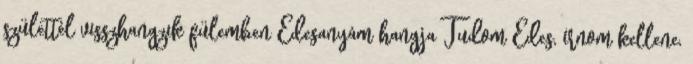
születtél visszhangzik fülemben Édesanyám hangja Tudom Édes, írnom kellene,